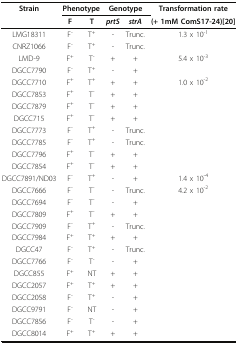
| Strain | <COLSPAN=2> Phenotype | <COLSPAN=2> Genotype | Transformation rate |
 |  | F | T | prtS | strA | (+ 1mM ComS17-24)[20] |
 | --- | --- | --- | --- | --- | --- |
 | LMG18311 | F- | T+ | - | Trunc. | 1.3 x 10-1 |
 | CNRZ1066 | F- | T+ | - | Trunc. |  |
 | LMD-9 | F+ | T- | + | + | 5.4 x 10-3 |
 | DGCC7790 | F- | T+ | - | + |  |
 | DGCC7710 | F+ | T+ | + | + | 1.0 x 10-2 |
 | DGCC7853 | F+ | T- | + | + |  |
 | DGCC7879 | F+ | T- | + | + |  |
 | DGCC715 | F+ | T- | + | + |  |
 | DGCC7773 | F- | T+ | - | Trunc. |  |
 | DGCC7785 | F- | T+ | - | Trunc. |  |
 | DGCC7796 | F+ | T- | + | + |  |
 | DGCC7854 | F+ | T- | + | + |  |
 | DGCC7891/ND03 | F- | T+ | - | + | 1.4 x 10-4 |
 | DGCC7666 | F- | T- | - | Trunc. | 4.2 x 10-2 |
 | DGCC7694 | F- | T- | - | + |  |
 | DGCC7809 | F+ | T- | + | + |  |
 | DGCC7909 | F- | T+ | - | Trunc. |  |
 | DGCC7984 | F+ | T+ | + | + |  |
 | DGCC47 | F- | T+ | - | Trunc. |  |
 | DGCC7766 | F- | T- | - | + |  |
 | DGCC855 | F+ | NT | + | + |  |
 | DGCC2057 | F+ | T+ | + | + |  |
 | DGCC2058 | F- | T+ | - | + |  |
 | DGCC9791 | F- | NT | - | + |  |
 | DGCC7856 | F- | T- | - | + |  |
 | DGCC8014 | F+ | T+ | + | + |  |